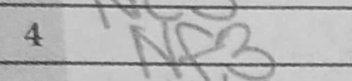
Transcription: Nf3